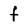
Character: f